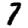
Digit: 7